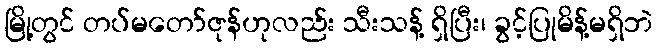
မြို့တွင် တပ်မတော်ဇုန်ဟုလည်း သီးသန့် ရှိပြီး၊ ခွင့်ပြုမိန့်မရှိဘဲ